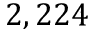
2 , 2 2 4